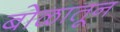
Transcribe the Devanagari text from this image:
बोळातून